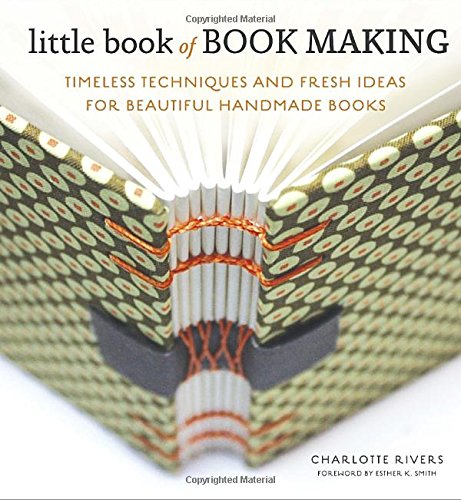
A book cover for Little Book of Book Making: Timeless Techniques and Fresh Ideas for Beautiful Handmade Books; Charlotte Rivers; Crafts, Hobbies & Home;